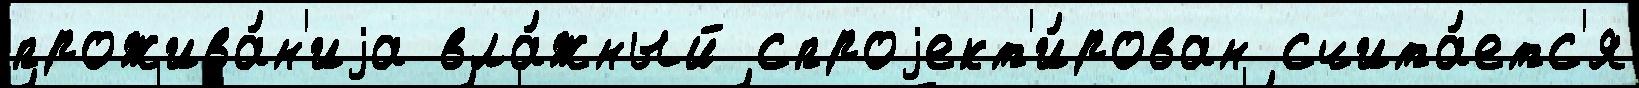
прожива́н'иjа вла́жный спроjект'и́рован счита́етс'я